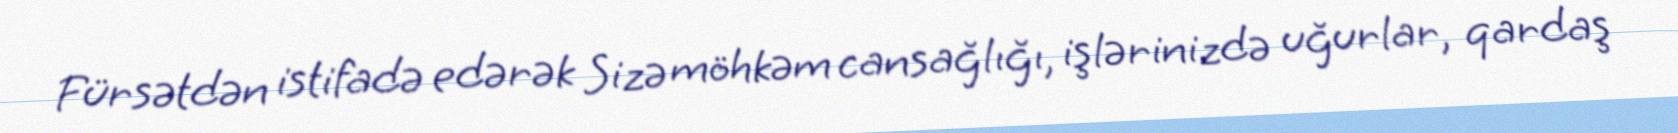
Fürsətdən istifadə edərək Sizə möhkəm cansağlığı, işlərinizdə uğurlar, qardaş